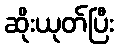
ဆိုးယုတ်ပြီး